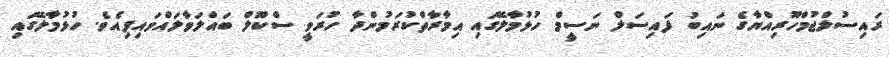
ރައިސުލްޖުމްހޫރިއްޔާގެ ނައިބު ފައިސަލް ނަސީމް ހުޅުމާލޭގައި އިމާރާތްކުރަމުންދާ ހުރަވީ ސްކޫލް ބައްލަވާލައްވައިފިއެވެ. ހުޅުމާލޭގައި